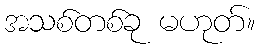
အသစ်တစ်ခု မဟုတ်။